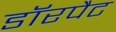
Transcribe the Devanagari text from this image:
डॉरपैट